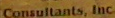
Consultants. Inc.